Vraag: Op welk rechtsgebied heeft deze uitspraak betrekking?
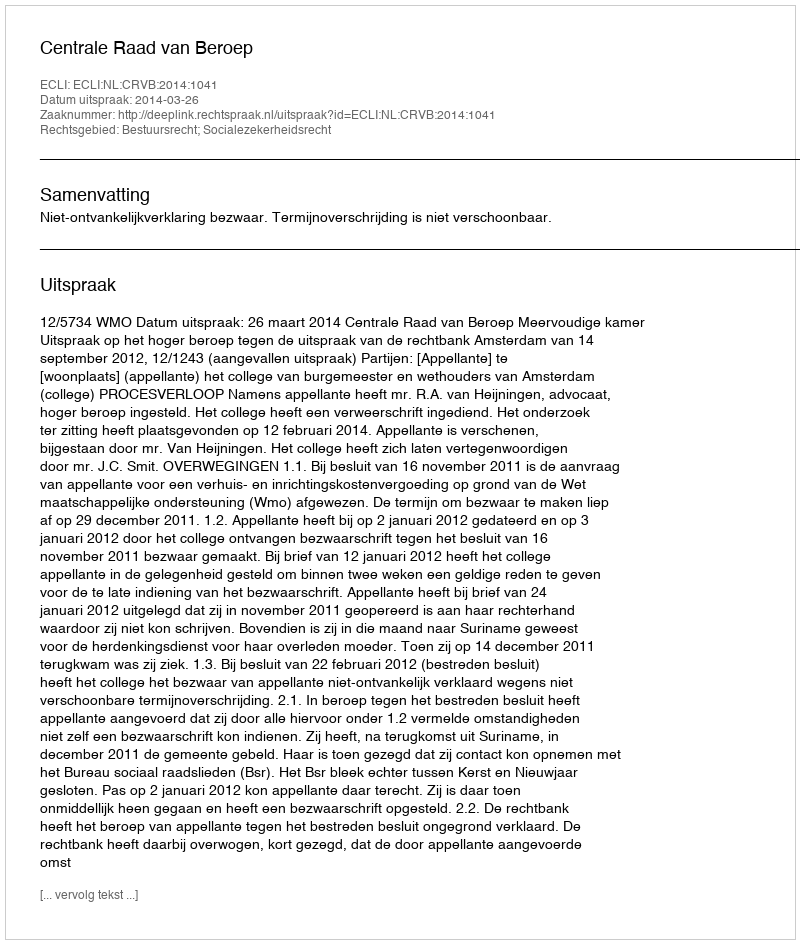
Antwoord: Bestuursrecht; Socialezekerheidsrecht